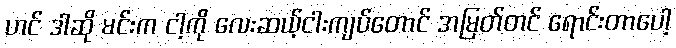
ဟင် ဒါဆို မင်းက ငါ့ကို လေးဆယ့်ငါးကျပ်တောင် အမြတ်တင် ရောင်းတာပေါ့